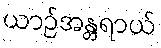
ယာဉ်အန္တရာယ်